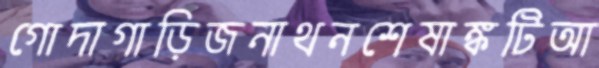
গোদাগাড়িজনাথনশেষাঙ্কটিআ